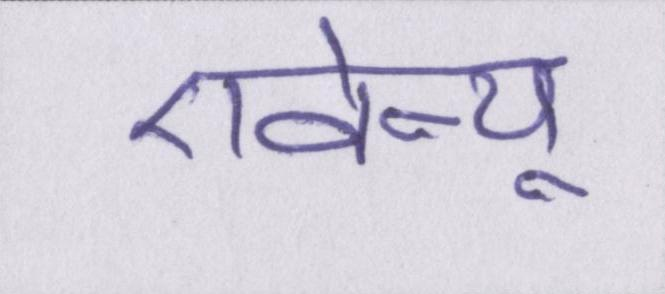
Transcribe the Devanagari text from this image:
एवेन्यू